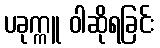
ပခုက္ကူ ဝါဆိုရခြင်း